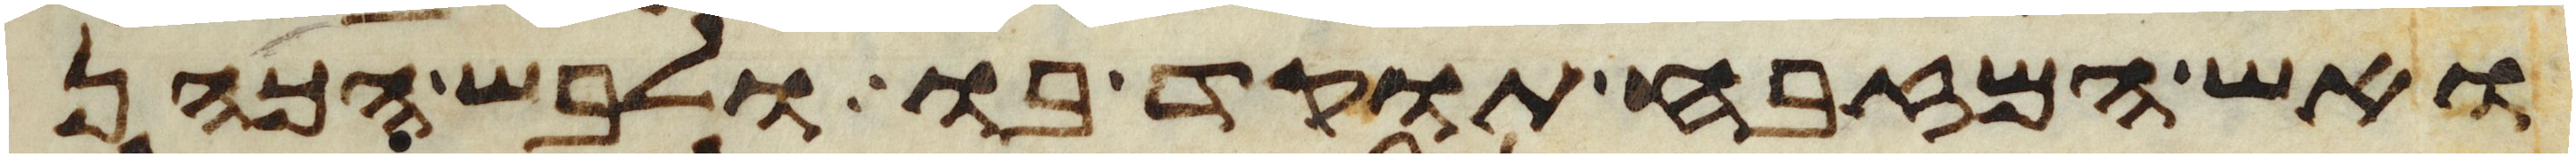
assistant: ואש המזבח תוקד בו ולבש הכהן